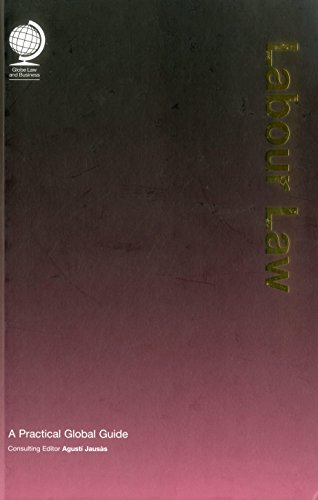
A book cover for Labour Law: A Practical Global Guide; Law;